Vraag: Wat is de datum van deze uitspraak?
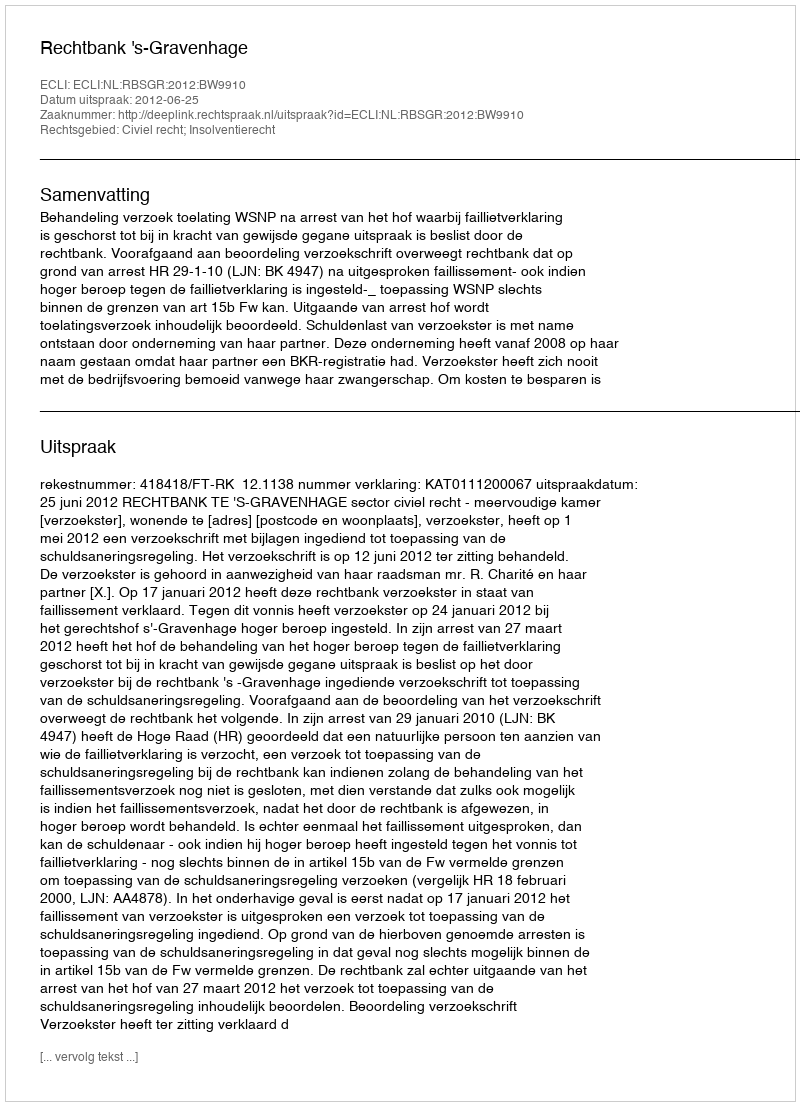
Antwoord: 2012-06-25